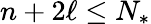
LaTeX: n+2\ell\leq N_{*}